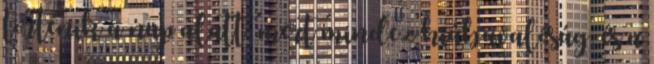
történik a nap alatt; mert mindez hiábavalóság, és a